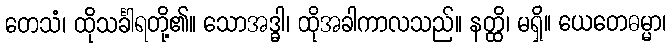
တေသံ၊ ထိုသင်္ခါရတို့၏။ သောအဒ္ဓါ၊ ထိုအခါကာလသည်။ နတ္ထိ၊ မရှိ။ ယေတေဓမ္မာ၊